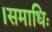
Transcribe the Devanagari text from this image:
।समाधिः